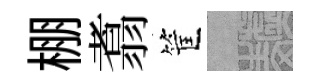
棚翥筐熙